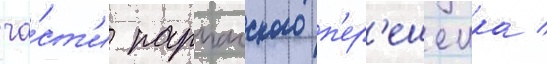
ча́ст'и парпачского п'ер'ешеика /